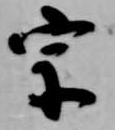
宗